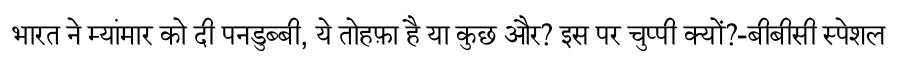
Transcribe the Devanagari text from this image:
भारत ने म्यांमार को दी पनडुब्बी, ये तोहफ़ा है या कुछ और? इस पर चुप्पी क्यों?-बीबीसी स्पेशल